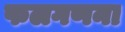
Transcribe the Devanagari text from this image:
फलगणना